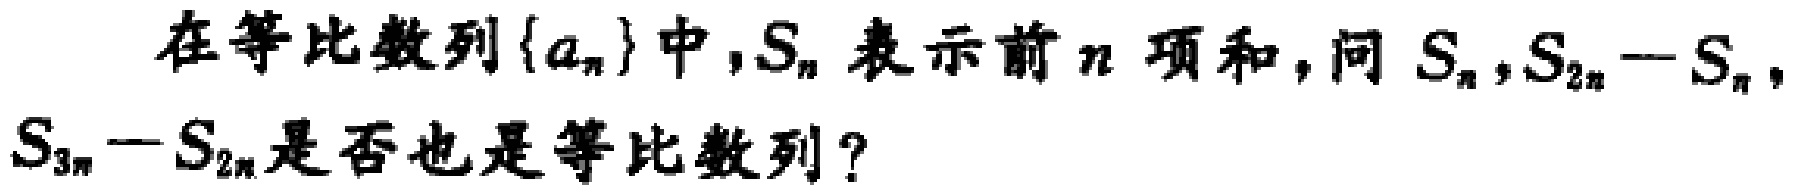
在等比数列\(\{a_{n}\}\)中，\(S_{n}\)表示前\(n\)项和，问\(S_{n},S_{2n}-S_{n},S_{3n}-S_{2n}\)是否也是等比数列？